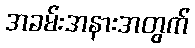
အခမ်းအနားအတွက်